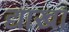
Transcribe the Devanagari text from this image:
द्याखौ